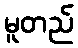
မူတည်